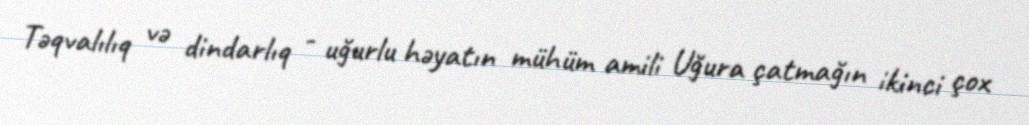
Təqvalılıq və dindarlıq - uğurlu həyatın mühüm amili Uğura çatmağın ikinci çox